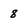
Character: 8